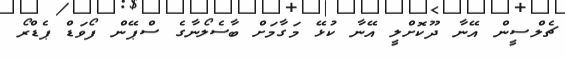
ޗެލްސީން އޭނާ ދޫކޮށްލީ އޭނާ ކުޅޭ މަގާމަށް ބާސެލޯނާގެ ސްޕޭން ފޯވަޑް ޕެޑްރޯ